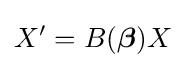
X'=B({\boldsymbol {\beta }})X